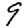
Digit: 9